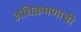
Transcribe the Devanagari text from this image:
अधिक्रमणाची